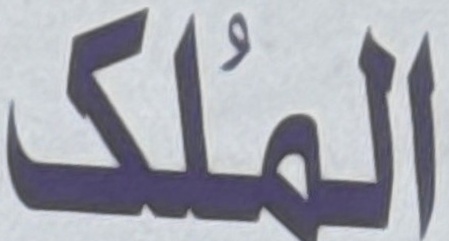
الملك